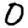
Digit: 0